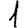
Digit: 1